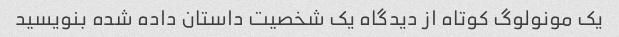
یک مونولوگ کوتاه از دیدگاه یک شخصیت داستان داده شده بنویسید